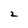
Character: 2